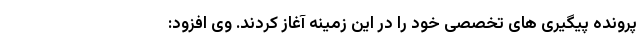
پرونده پیگیری های تخصصی خود را در این زمینه آغاز کردند. وی افزود: